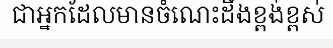
ជាអ្នកដែលមានចំណេះដឹងខ្ពង់ខ្ពស់